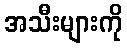
အသီးများကို